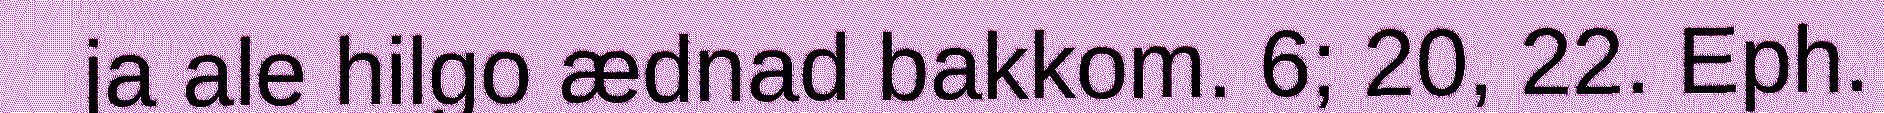
ja ale hilgo ædnad bakkom. 6; 20, 22. Eph.